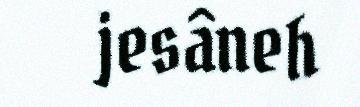
jesâneh